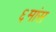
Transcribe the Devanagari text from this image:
६मांस